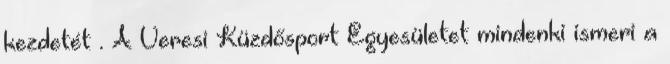
kezdetét . A Veresi Küzdősport Egyesületet mindenki ismeri a